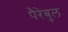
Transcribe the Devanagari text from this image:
पैरेबुल